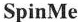
SpinMe